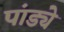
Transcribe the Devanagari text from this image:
पांड्ये